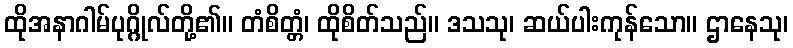
ထိုအနာဂါမ်ပုဂ္ဂိုလ်တို့၏။ တံစိတ္တံ၊ ထိုစိတ်သည်။ ဒသသု၊ ဆယ်ပါးကုန်သော။ ဌာနေသု၊